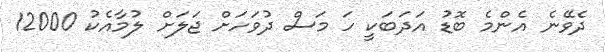
ދެވޭނެ އެންމެ ބޮޑު އަދަބަކީ ހަ މަސް ދުވަހަށް ޖަލަށް ލުމާއެކު 12000